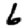
Digit: 6